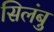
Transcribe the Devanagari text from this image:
सिलंबु